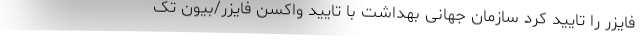
فایزر را تایید کرد سازمان جهانی بهداشت با تایید واکسن فایزر/بیون تک